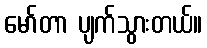
မော်တာ ပျက်သွားတယ်။